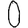
Digit: 0